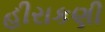
હીરાકણી